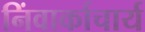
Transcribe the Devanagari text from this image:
निंवार्काचार्य